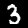
Label: 3